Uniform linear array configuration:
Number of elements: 64
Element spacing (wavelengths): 0.25
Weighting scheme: binomial
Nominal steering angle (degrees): -15
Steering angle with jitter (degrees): -15.403
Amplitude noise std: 0.05
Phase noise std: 0.05

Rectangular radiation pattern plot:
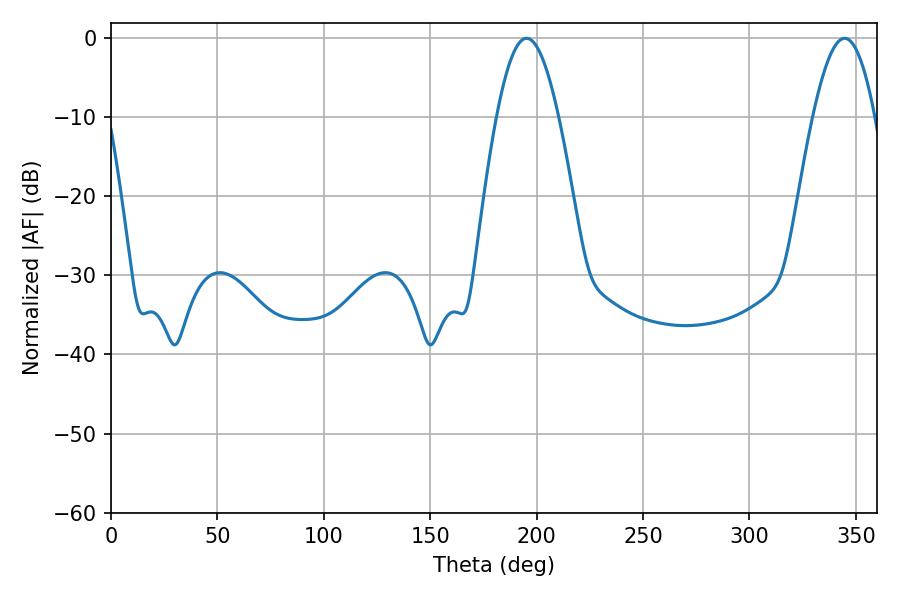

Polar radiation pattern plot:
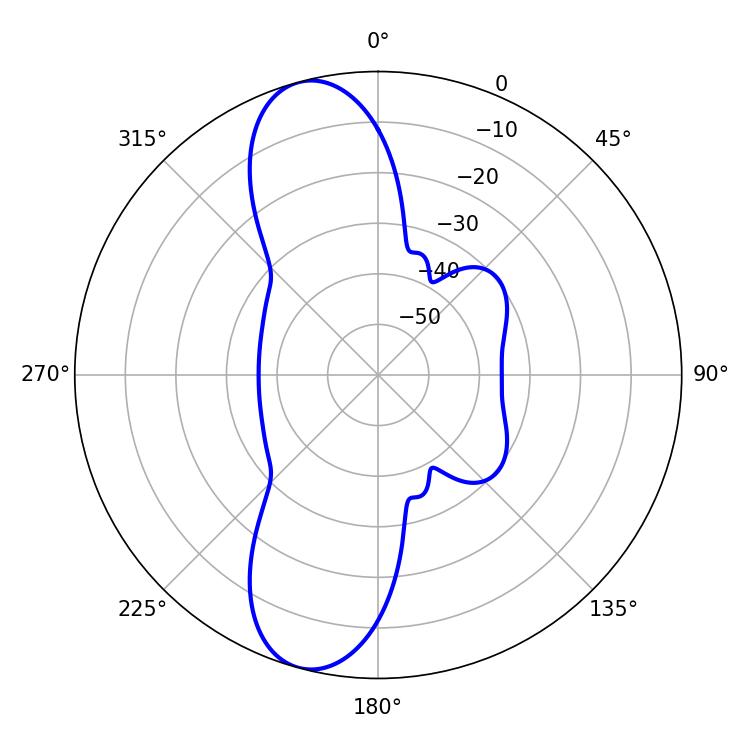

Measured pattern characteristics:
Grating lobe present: FALSE
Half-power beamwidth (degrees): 15.66
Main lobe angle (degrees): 195.3